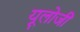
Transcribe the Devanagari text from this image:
यूलोजी